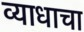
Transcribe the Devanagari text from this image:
व्याधाचा